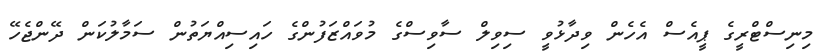
މިނިސްޓްރީގެ ޕީއެސް އެހެން ވިދާޅުވީ ސިވިލް ސާވިސްގެ މުވައްޒަފުންގެ ހައިސިއްޔަތުން ސަމާލުކަން ދޭންޖެހޭ